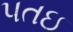
પતઇ